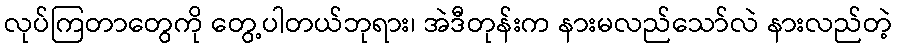
လုပ်ကြတာတွေကို တွေ့ပါတယ်ဘုရား၊ အဲဒီတုန်းက နားမလည်သော်လဲ နားလည်တဲ့